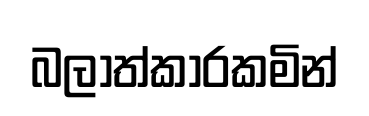
බලාත්කාරකමින්